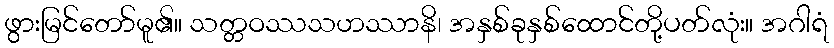
ဖွားမြင်တော်မူ၏။ သတ္တဝဿသဟဿာနိ၊ အနှစ်ခုနှစ်ထောင်တို့ပတ်လုံး။ အဂါရံ